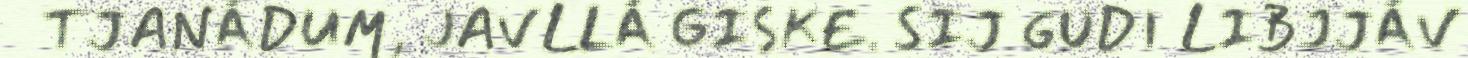
TJANÁDUM, JAVLLÁ GISKE. SIJ GUDI LIBJJÁV